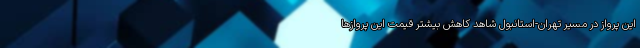
این پرواز در مسیر تهران-استانبول شاهد کاهش بیشتر قیمت این پروازها